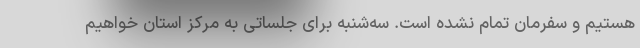
هستیم و سفرمان تمام نشده است. سه‌شنبه برای جلساتی به مرکز استان خواهیم